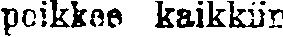
poikkee kaikkiin